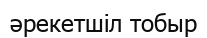
әрекетшіл тобыр